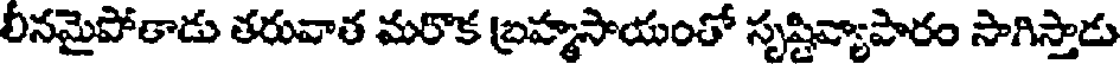
లీనమైపోతాడు తరువాత మరొక బ్రహ్మసాయంతో సృష్టివ్యాపారం సాగిస్తాడు